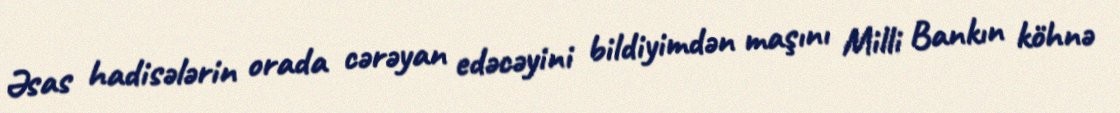
Əsas hadisələrin orada cərəyan edəcəyini bildiyimdən maşını Milli Bankın köhnə